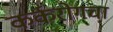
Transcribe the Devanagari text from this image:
कर्करोगचा